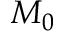
M _ { 0 }